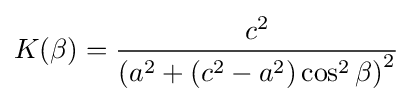
K(\beta )={\frac {c^{2}}{\left(a^{2}+\left(c^{2}-a^{2}\right)\cos ^{2}\beta \right)^{2}}}